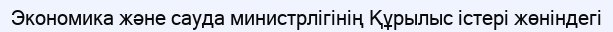
Экономика және сауда министрлігінің Құрылыс істері жөніндегі